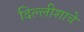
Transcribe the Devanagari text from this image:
दिल्लीशाचे